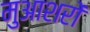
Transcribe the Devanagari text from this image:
मुआशरों